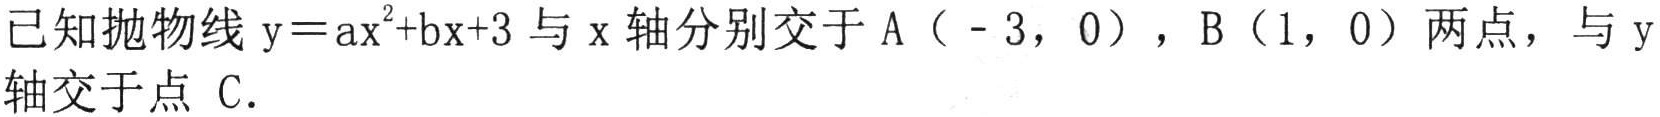
已知抛物线$\mathrm{y}=\mathrm{a}\mathrm{x}^{2}+\mathrm{b}\mathrm{x}+3$与$\mathrm{x}$轴分别交于$\mathrm{A}（-3，0）$，$\mathrm{B}（1，0）$两点，与$\mathrm{y}$轴交于点 $\mathrm{C}.$